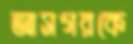
আসগরকে